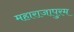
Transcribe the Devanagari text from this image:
महाराजापुरम